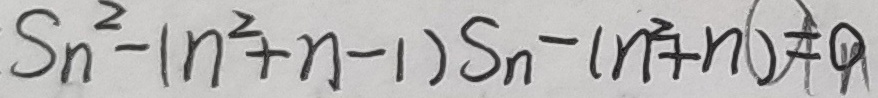
S _ { n } - ( n ^ { 2 } + n - 1 ) S _ { n } - ( n ^ { 2 } + n ) = 0